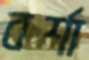
বর্শা